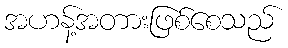
အဟန့်အတားဖြစ်စေသည်